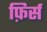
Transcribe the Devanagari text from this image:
फ़िर्स